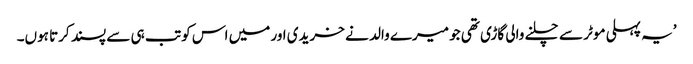
’یہ پہلی موٹر سے چلنے والی گاڑی تھی جو میرے والد نے خریدی اور میں اس کو تب ہی سے پسند کرتا ہوں۔